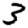
Digit: 3